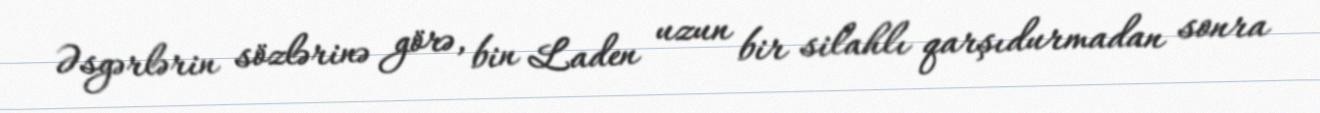
Əsgərlərin sözlərinə görə, bin Laden uzun bir silahlı qarşıdurmadan sonra